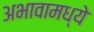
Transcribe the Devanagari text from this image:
अभावामध्ये